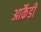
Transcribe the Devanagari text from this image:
आर्कैडी